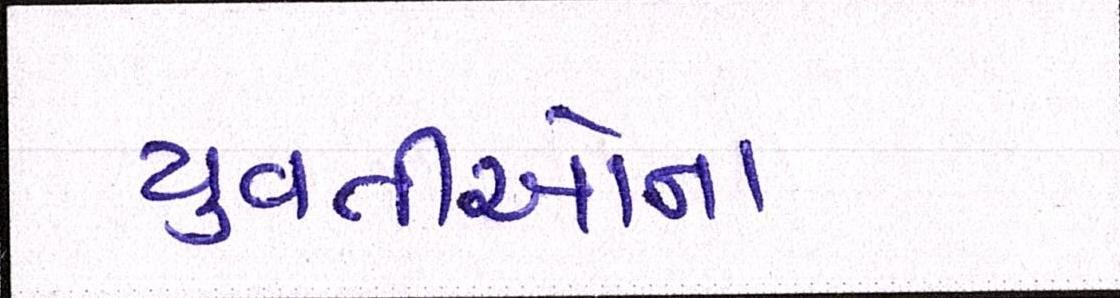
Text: યુવતીઓના